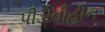
પીડીવીહીન